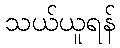
သယ်ယူရန်